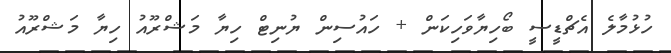
ހުޅުމާލެ އެޗްޑީސީ ބޯހިޔާވަހިކަން + ހައުސިން ޔުނިޓް ހިޔާ މަޝްރޫއު ހިޔާ މަޝްރޫއު